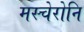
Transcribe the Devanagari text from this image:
मस्चेरोनि